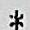
*